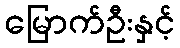
မြောက်ဦးနှင့်